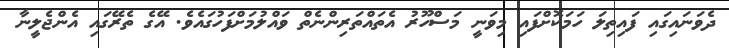
ދެވަނައިގައި ފައިތިލަ ހަމަކޮށްފައި މިވަނީ މަސްހޫރު އެތައްތަރިންނެތް ވަައްލުމަށްފަހުގައެވެ. އޭގެ ތެރޭގައި އެންޖެލީނާ